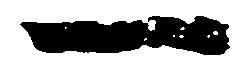
一